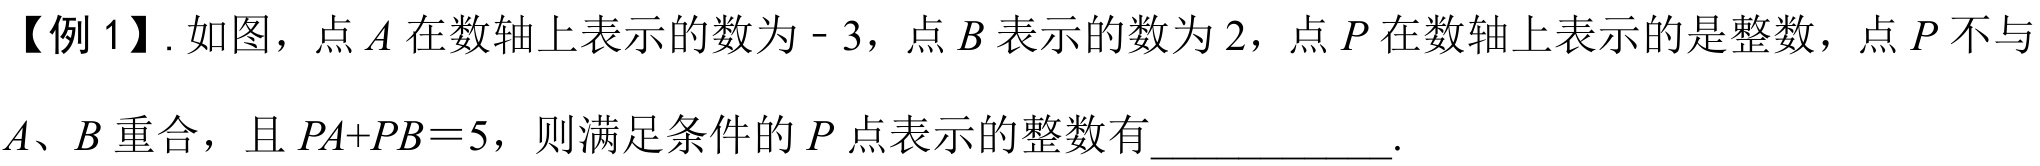
【例 1】. 如图，点 \(A\) 在数轴上表示的数为 \(-3\)，点 \(B\) 表示的数为 \(2\)，点 \(P\) 在数轴上表示的是整数，点 \(P\) 不与
\(A\)、\(B\) 重合，且 \(PA + PB = 5\)，则满足条件的 \(P\) 点表示的整数有____________.